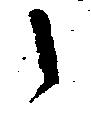
候